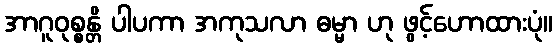
အာဂူဝုစ္စန္တိ ပါပကာ အကုသလာ ဓမ္မာ ဟု ဖွင့်ဟောထားပုံ။